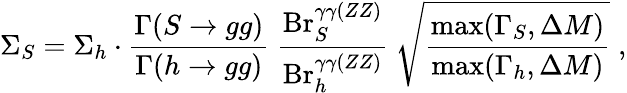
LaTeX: \Sigma_{S}=\Sigma_{h}\cdot{\frac{\Gamma(S\to gg)}{\Gamma(h\to gg)}}~{\frac{\mathrm{Br}_{S}^{\gamma\gamma(ZZ)}}{\mathrm{Br}_{h}^{\gamma\gamma(ZZ)}}}~\sqrt{\frac{\mathrm{max}(\Gamma_{S},\Delta M)}{\mathrm{max}(\Gamma_{h},\Delta M)}}\; ,